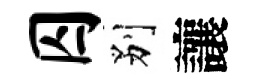
囚别讓